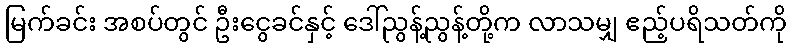
မြက်ခင်း အစပ်တွင် ဦးငွေခင်နှင့် ဒေါ်ညွန့်ညွန့်တို့က လာသမျှ ဧည့်ပရိသတ်ကို